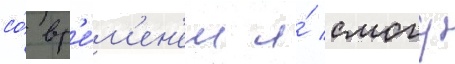
со́ вр'е́м'ен'ем я́ смогу